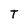
Character: T